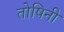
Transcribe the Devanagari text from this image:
तोषिनी